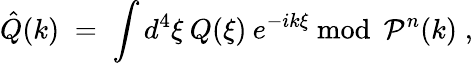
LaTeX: \hat{Q}(k)\; =\; \int d^{4}\xi\: Q(\xi)\: e^{-ik\xi}{\mathrm{~mod~}}\: {\mathcal{P}}^{n}(k)\; ,